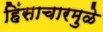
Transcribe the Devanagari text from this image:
हिंसाचारमुळे